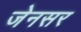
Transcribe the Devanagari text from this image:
जेनसर